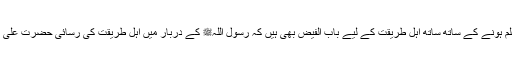
حضرت علی ؓ باب العلم ہونے کے ساتھ ساتھ اہل طریقت کے لیے باب الفیض بھی ہیں کہ رسول اللہﷺ کے دربار میں اہل طریقت کی رسائی حضرت علیؓ کی معرفت ہوتی ہے۔